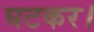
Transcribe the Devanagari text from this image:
घटकर।